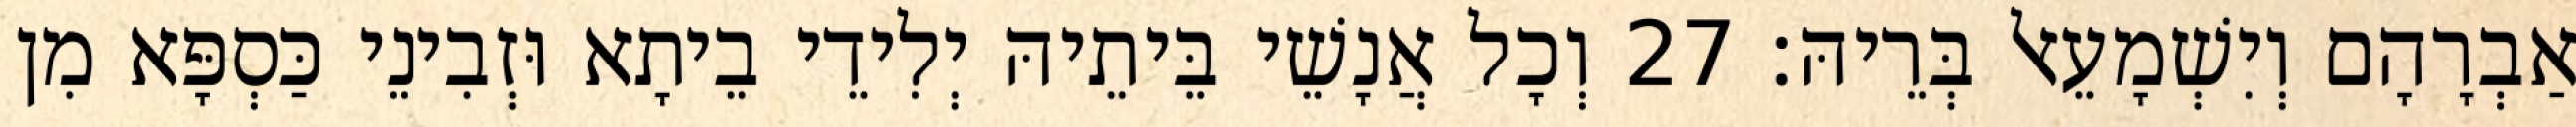
אַבְרָהָם וְיִשְׁמָעֵאל בְּרֵיהּ׃ 27 וְכָל אֲנָשֵׁי בֵּיתֵיהּ יְלִידֵי בֵיתָא וּזְבִינֵי כַּסְפָּא מִן